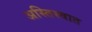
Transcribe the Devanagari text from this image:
अस्तिस्वात